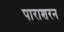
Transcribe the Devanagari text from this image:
पाराशरन